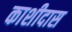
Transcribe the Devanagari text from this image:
काशीदास